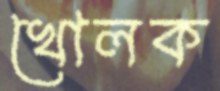
খোলক